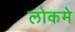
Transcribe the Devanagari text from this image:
लोकमे